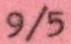
9/5